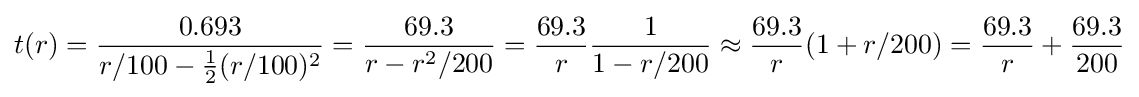
t(r)={\frac {0.693}{r/100-{\tfrac {1}{2}}(r/100)^{2}}}={\frac {69.3}{r-r^{2}/200}}={\frac {69.3}{r}}{\frac {1}{1-r/200}}\approx {\frac {69.3}{r}}(1+r/200)={\frac {69.3}{r}}+{\frac {69.3}{200}}